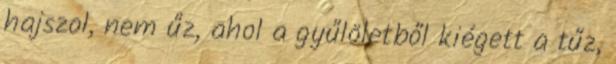
hajszol, nem űz, ahol a gyűlöletből kiégett a tűz,